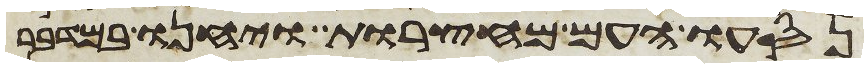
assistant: נסעו העם מחצרות ויחנו במדבר